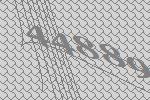
44889